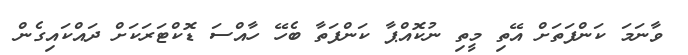
ވާނަމަ ކަންފަތަށް އޭތި މީތި ނުކޮއްޕާ ކަންފަތާ ބެހޭ ހާއްސަ ޑޮކްޓަރަކަށް ދައްކައިގެން